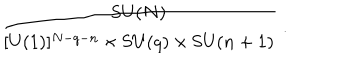
{ \frac { \mathrm { S U } ( N ) } { [ \mathrm { U } ( 1 ) ] ^ { N - q - n } \times \mathrm { S U } ( q ) \times \mathrm { S U } ( n + 1 ) } } \; .